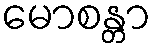
မောစန္တာ